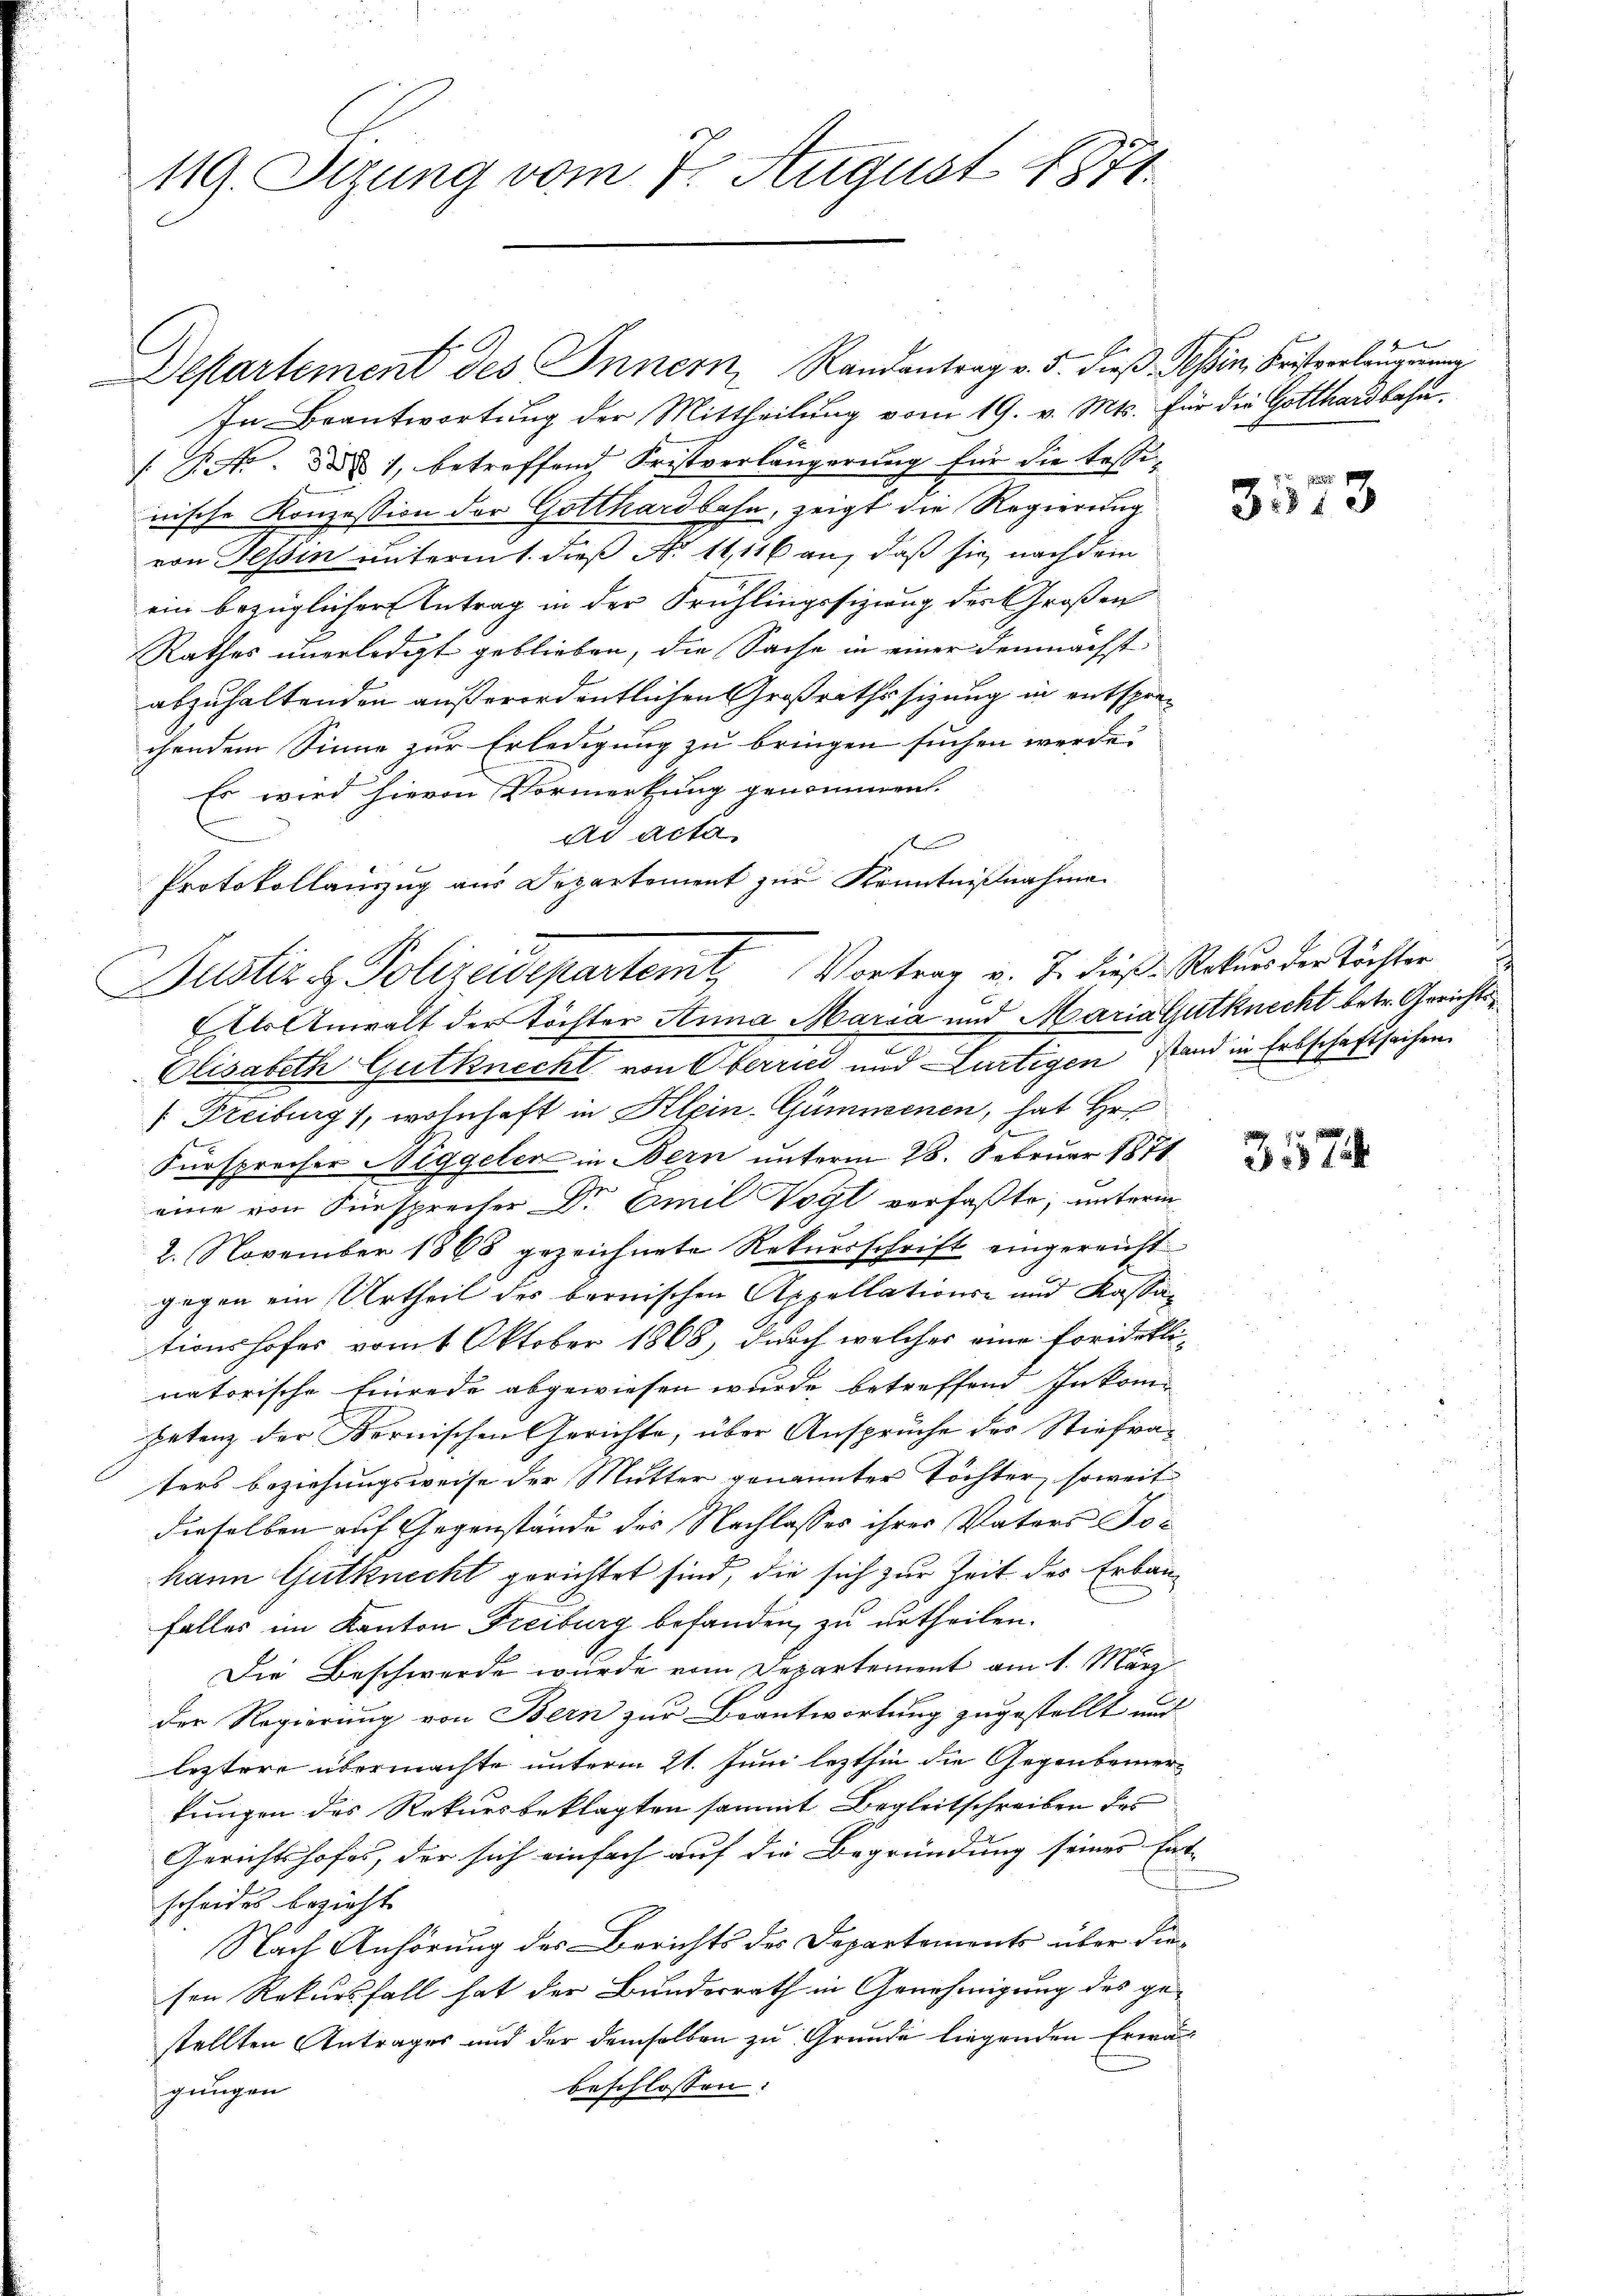
119. Sizung vom 7. August 1871.

Departement des Innern Randantrag v. 5. dieβ. Tessin, Fristverlangerung
In Beantwortung der Mittheilung vom 19. v. Mts. für die Gotthardbahn.
. P. A. ad 1, betreffend Fristverlängerung für die Tessinische Konzession der Gotthardbahn, zeigt die Regierung
von Tessin unternit. dieß No 11, 116 an, daß sie nach dem
ein bezüglicher Antrag in der Frühlingssizung der Großen
Rathes unerledigt geblieben, die Sache in einer demnächst
abzuhaltenden außerordentlichen Großrathssizung in entsprechendem Sinne zur Erledigung zu bringen suchen werde.
Es wird hievon Vormerkung genommen.
ad acta
r
Protokollauszug aus Departement zur Kenntnißnahme
AlAnwalt der Töchter Anna Maria und Maria Gutknecht betr. Gerichts¬
Elisabeth Gutknecht von Oberrici und artigen stand in Erbschaftsachen
/ Freiburg), wohnhaft in Klein-Gümmsenen, hat Hr
Fürsprecher Niggeler in Bern unterm 28. Februar 1871.
eine von Fürsprecher Dr Emil Vogl verfaßte, unterm
2. November 1868 gezeichnete Rekursschrift eingereicht
gegen ein Urtheil des bernischen Appellations- und Kassationshofes vom 4 Oktober 1868, durch welches eine foridikli-
natorische Einrede abgewiesen wurde betreffend Inkompetenz der Kornischen Gerichte, über Ansprüche der Stiefvaters beziehungsweise der Mutter genannter Töchter, soweit
dieselben auf Gegenstände des Nachlasses ihres Vaters Johann Gutknecht gerichtet sind, die sich zur Zeit des Erbaufalles im Kanton Freiburg befanden, zu urtheilen.
Die Beschwerde wurde vom Departement am 1. März
Der Regierung von Bern zur Beantwortung zugestellt und
leztere übermachte unterm 21. Juni lezthin die Gegenbeiner
kungen des Rekursbeklagten sammt Begleitschreiben des
Gerichtshofes, der sich einfach auf die Begründung seines Ent-
scheides bezieht.
Nach Anhörung des Berichts des Departements über diesen Rekursfall hat der Bundesrath in Genehmigung des gestellten Antrages und der demselben zu Grunde liegenden Erwäbeschlossen:
gungen

Justiz & Polizeidepartemt. Vortrag v. J. dieß Rekurs der tritter

7fl

3573

357